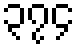
၃၇၄